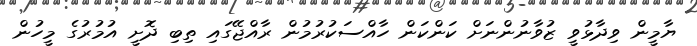
ޔާމީން ވިދާޅުވީ ޒުވާނުންނަށް ކަންކަން ހާއްސަކުރުމުން ރާއްޖޭގައި ތިބި ދޮށީ އުމުރުގެ މީހުން